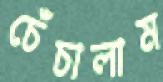
চেঁচালাম